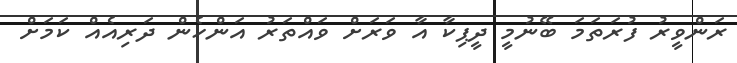
ރަންވީރު ފުރަތަމަ ބޭނުމީ ދީޕިކާ އާ ވަރަށް ވައްތަރު އަންހެން ދަރިއެއް ކަމަށް